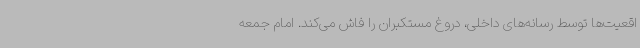
اقعیت‌ها توسط رسانه‌های داخلی، دروغ مستکبران را فاش می‌کند. امام جمعه